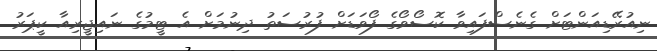
ނިއުރޭޑިއަންޓަށް ގެނެސްފައިވާ ކޮސޯވޯގެ ފޯވަޑަށް ފުރުސަތު ދިނުމަށް އެ ޓީމުގެ ނައިޖީރިއާ ކީޕަރު